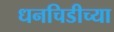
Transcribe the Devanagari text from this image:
धनचिडीच्या